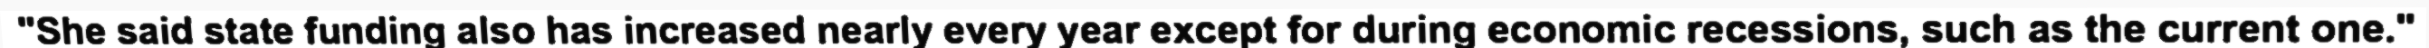
"She said state funding also has increased nearly every year except for during economic recessions, such as the current one."